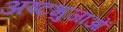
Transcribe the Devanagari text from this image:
अष्टभुजाओं